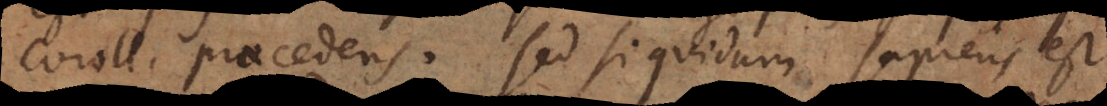
coroll. praecedens, sed si quidam sapiens est